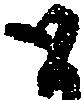
と